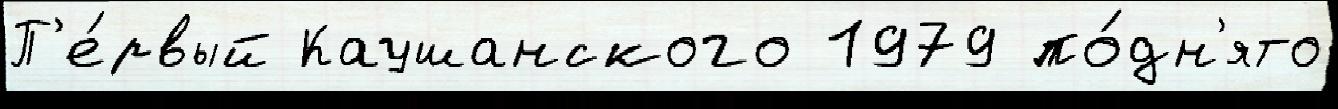
П'е́рвый Каушанского 1979 по́дн'ято